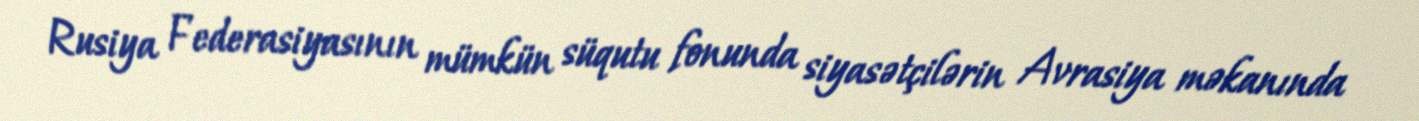
Rusiya Federasiyasının mümkün süqutu fonunda siyasətçilərin Avrasiya məkanında